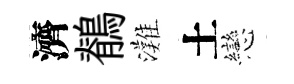
濟鶺灘土戀